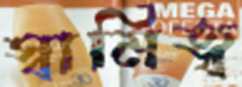
স্বামিত্ব